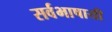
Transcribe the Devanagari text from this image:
सर्वभाषायी